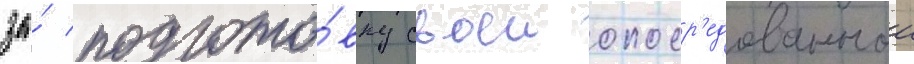
за́ подгото́вку своеи опоср'едованнои